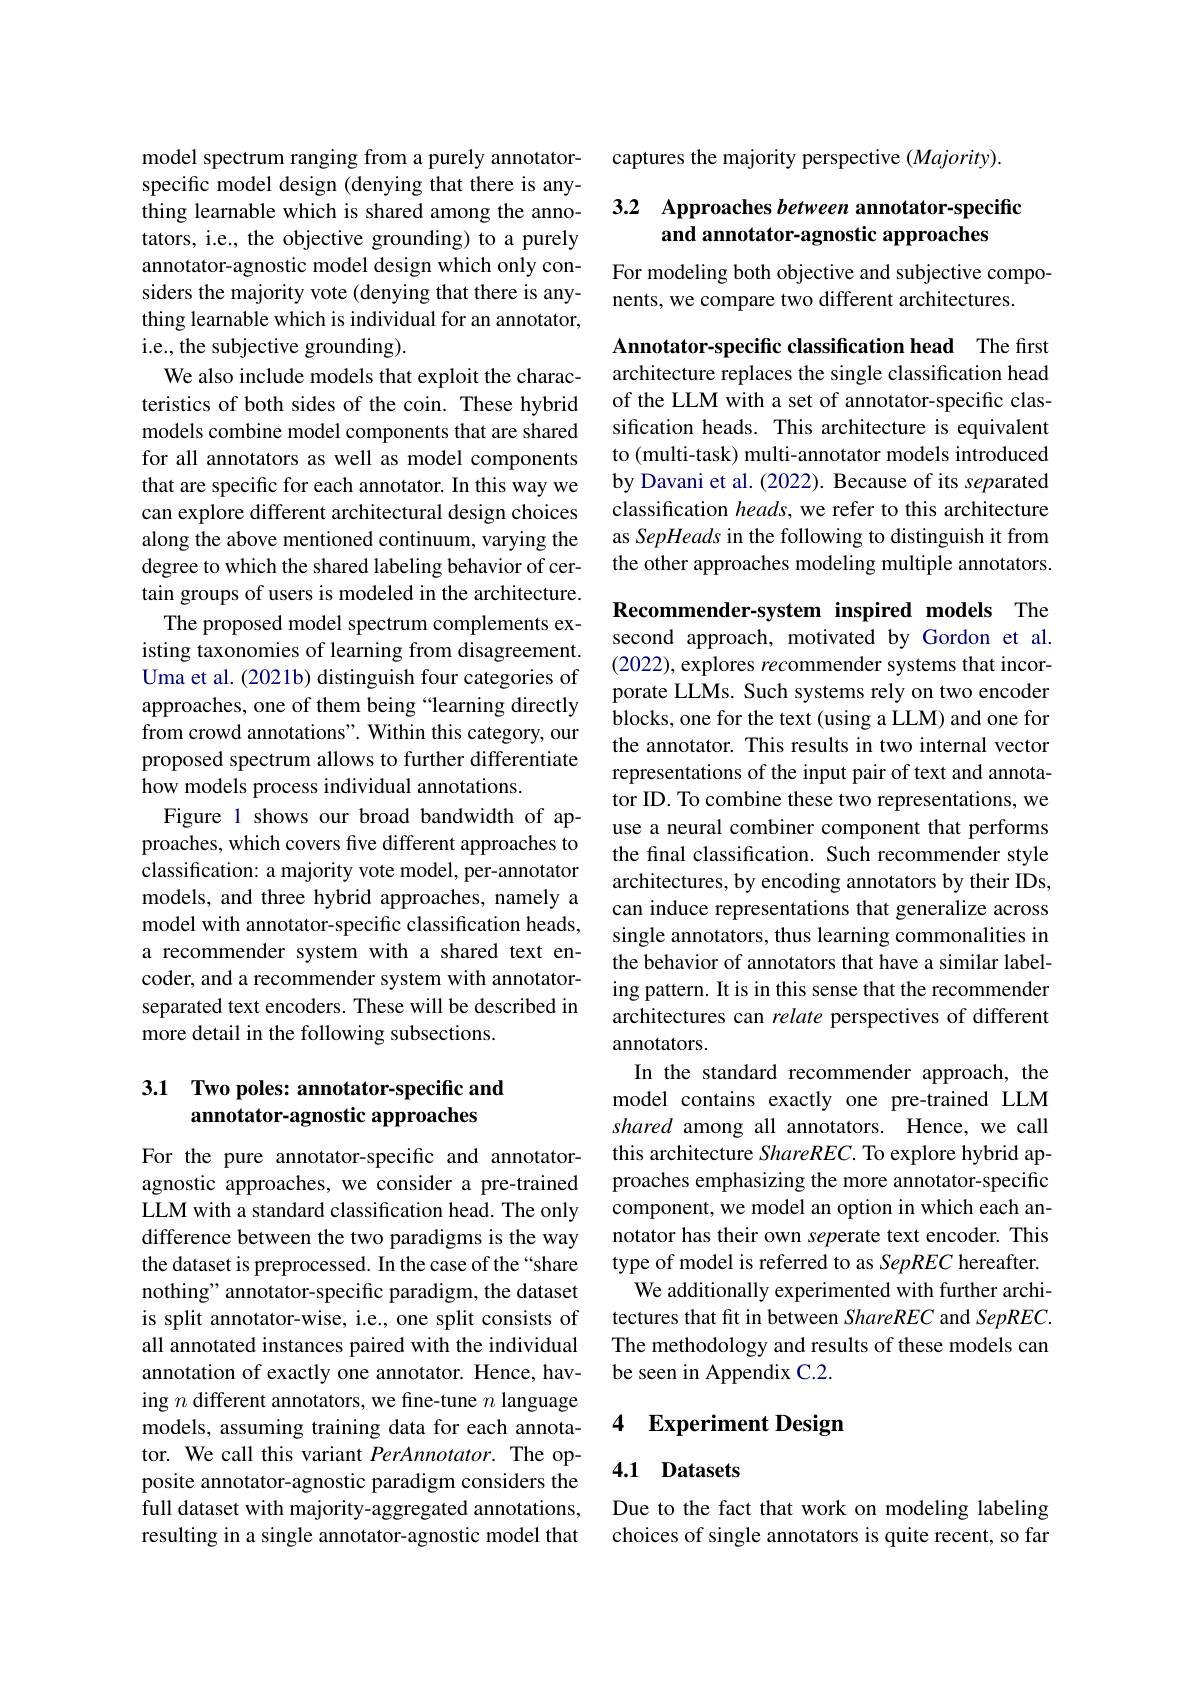
model spectrum ranging from a purely annotatorspecific model design (denying that there is anything learnable which is shared among the annotators, i.e., the objective grounding) to a purely annotator-agnostic model design which only considers the majority vote (denying that there is anything learnable which is individual for an annotator, i.e., the subjective grounding).
We also include models that exploit the characteristics of both sides of the coin. These hybrid models combine model components that are shared for all annotators as well as model components that are specific for each annotator. In this way we can explore different architectural design choices along the above mentioned continuum, varying the degree to which the shared labeling behavior of certain groups of users is modeled in the architecture.
The proposed model spectrum complements existing taxonomies of learning from disagreement. Uma et al. (2021b) distinguish four categories of approaches, one of them being “learning directly from crowd annotations". Within this category, our proposed spectrum allows to further differentiate how models process individual annotations.
Figure 1 shows our broad bandwidth of approaches, which covers five different approaches to classification: a majority vote model, per-annotator models, and three hybrid approaches, namely a model with annotator-specific classification heads, a recommender system with a shared text encoder, and a recommender system with annotatorseparated text encoders. These will be described in more detail in the following subsections.

## 3.1 Two poles: annotator-specific and annotator-agnostic approaches

For the pure annotator-specific and annotatoragnostic approaches, we consider a pre-trained LLM with a standard classification head. The only difference between the two paradigms is the way the dataset is preprocessed. In the case of the “share nothing" annotator-specific paradigm, the dataset is split annotator-wise, i.e., one split consists of all annotated instances paired with the individual annotation of exactly one annotator. Hence, having $n$ different annotators, we fine-tune $n$ language models, assuming training data for each annotator. We call this variant PerAnnotator. The opposite annotator-agnostic paradigm considers the full dataset with majority-aggregated annotations, resulting in a single annotator-agnostic model that

captures the majority perspective $(Majority).$

## 3.2 Approaches between annotator-specific and annotator-agnostic approaches

For modeling both objective and subjective compo-
nents, we compare two different architectures.

Annotator-specific classification head The first architecture replaces the single classification head of the LLM with a set of annotator-specific classification heads. This architecture is equivalent to (multi-task) multi-annotator models introduced by Davani et al. (2022). Because of its separated classification heads, we refer to this architecture as SepHeads in the following to distinguish it from the other approaches modeling multiple annotators.

Recommender-system inspired models The second approach, motivated by Gordon et al. (2022), explores recommender systems that incorporate LLMs. Such systems rely on two encoder blocks, one for the text (using a LLM) and one for the annotator. This results in two internal vector representations of the input pair of text and annotator ID. To combine these two representations, we use a neural combiner component that performs the final classification. Such recommender style architectures, by encoding annotators by their IDs, can induce representations that generalize across single annotators, thus learning commonalities in the behavior of annotators that have a similar labeling pattern. It is in this sense that the recommender architectures can relate perspectives of different annotators.
In the standard recommender approach, the model contains exactly one pre-trained LLM shared among all annotators. Hence, we call this architecture ShareREC. To explore hybrid approaches emphasizing the more annotator-specific component, we model an option in which each annotator has their own seperate text encoder. This type of model is referred to as SepREC hereafter.
We additionally experimented with further architectures that fit in between ShareREC and SepREC. The methodology and results of these models can be seen in Appendix C.2.

### 4 $\textbf{Experiment Design}$

## 4.1 Datasets

Due to the fact that work on modeling labeling choices of single annotators is quite recent, so far